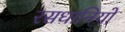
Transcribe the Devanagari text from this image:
रसधानियों